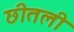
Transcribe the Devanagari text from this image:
छीतली